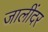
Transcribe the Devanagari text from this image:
जालींदर